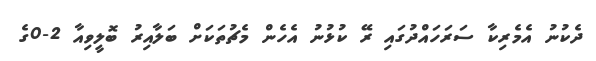
ދެކުނު އެމެރިކާ ސަރަހައްދުގައި ރޭ ކުޅުނު އެހެން މެޗުތަކަށް ބަލާއިރު ބޮލީވިއާ 2-0ގެ